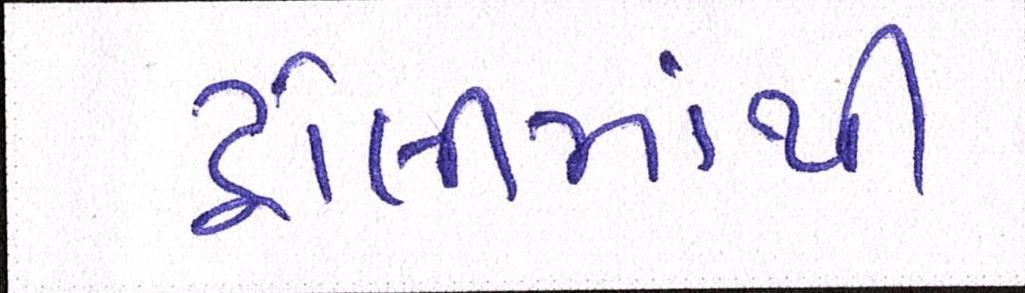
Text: ટ્રોલીમાંથી